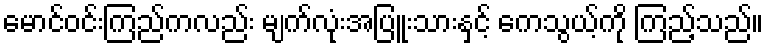
မောင်ဝင်းကြည်ကလည်း မျက်လုံးအပြူးသားနှင့် ကေသွယ့်ကို ကြည့်သည်။